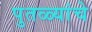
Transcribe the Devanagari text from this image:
पुतळ्यांचे